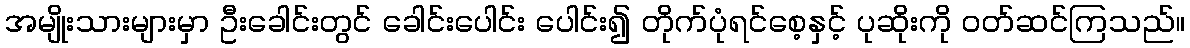
အမျိုးသားများမှာ ဦးခေါင်းတွင် ခေါင်းပေါင်း ပေါင်း၍ တိုက်ပုံရင်စေ့နှင့် ပုဆိုးကို ဝတ်ဆင်ကြသည်။